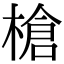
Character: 槍